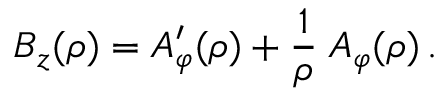
B _ { z } ( \rho ) = A _ { \varphi } ^ { \prime } ( \rho ) + { \frac { 1 } { \rho } } \; A _ { \varphi } ( \rho ) \, .